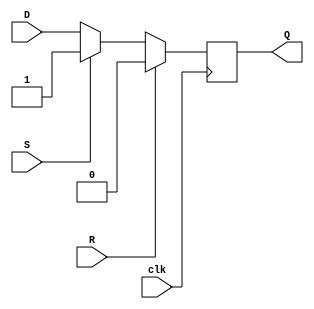
module dff_set_reset (
    input wire D,
    input wire clk,
    input wire S,
    input wire R,
    output reg Q
);

always @(posedge clk)
begin
    if (R)
        Q <= 1'b0;
    else if (S)
        Q <= 1'b1;
    else
        Q <= D;
end

endmodule